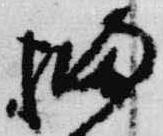
橘